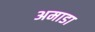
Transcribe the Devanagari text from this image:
अमाडा